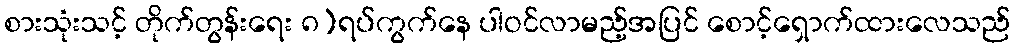
စားသုံးသင့် တိုက်တွန်းရေး ၈)ရပ်ကွက်နေ ပါဝင်လာမည့်အပြင် စောင့်ရှောက်ထားလေသည်